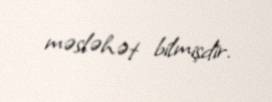
məsləhət bilmişdir.